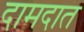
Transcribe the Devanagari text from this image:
दामदात